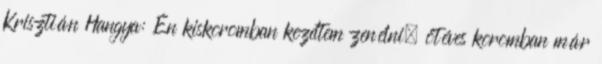
Krisztián Hangya: Én kiskoromban kezdtem zenélni, ötéves koromban már